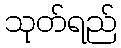
သုတ်ရည်